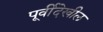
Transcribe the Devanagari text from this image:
पूर्वीदेखील